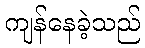
ကျန်နေခဲ့သည်